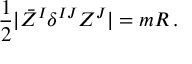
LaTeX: { \frac { 1 } { 2 } } | \bar { \cal Z } ^ { I } \delta ^ { I J } { \cal Z } ^ { J } | = m R \, .